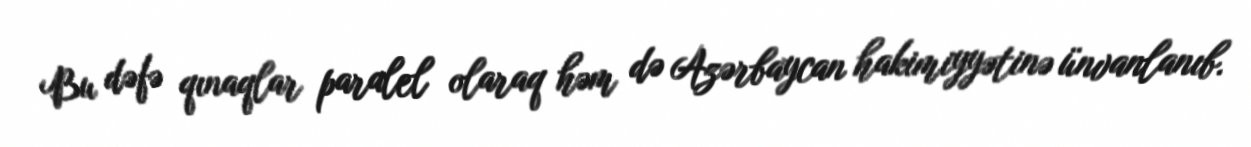
Bu dəfə qınaqlar paralel olaraq həm də Azərbaycan hakimiyyətinə ünvanlanıb.